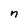
Character: n